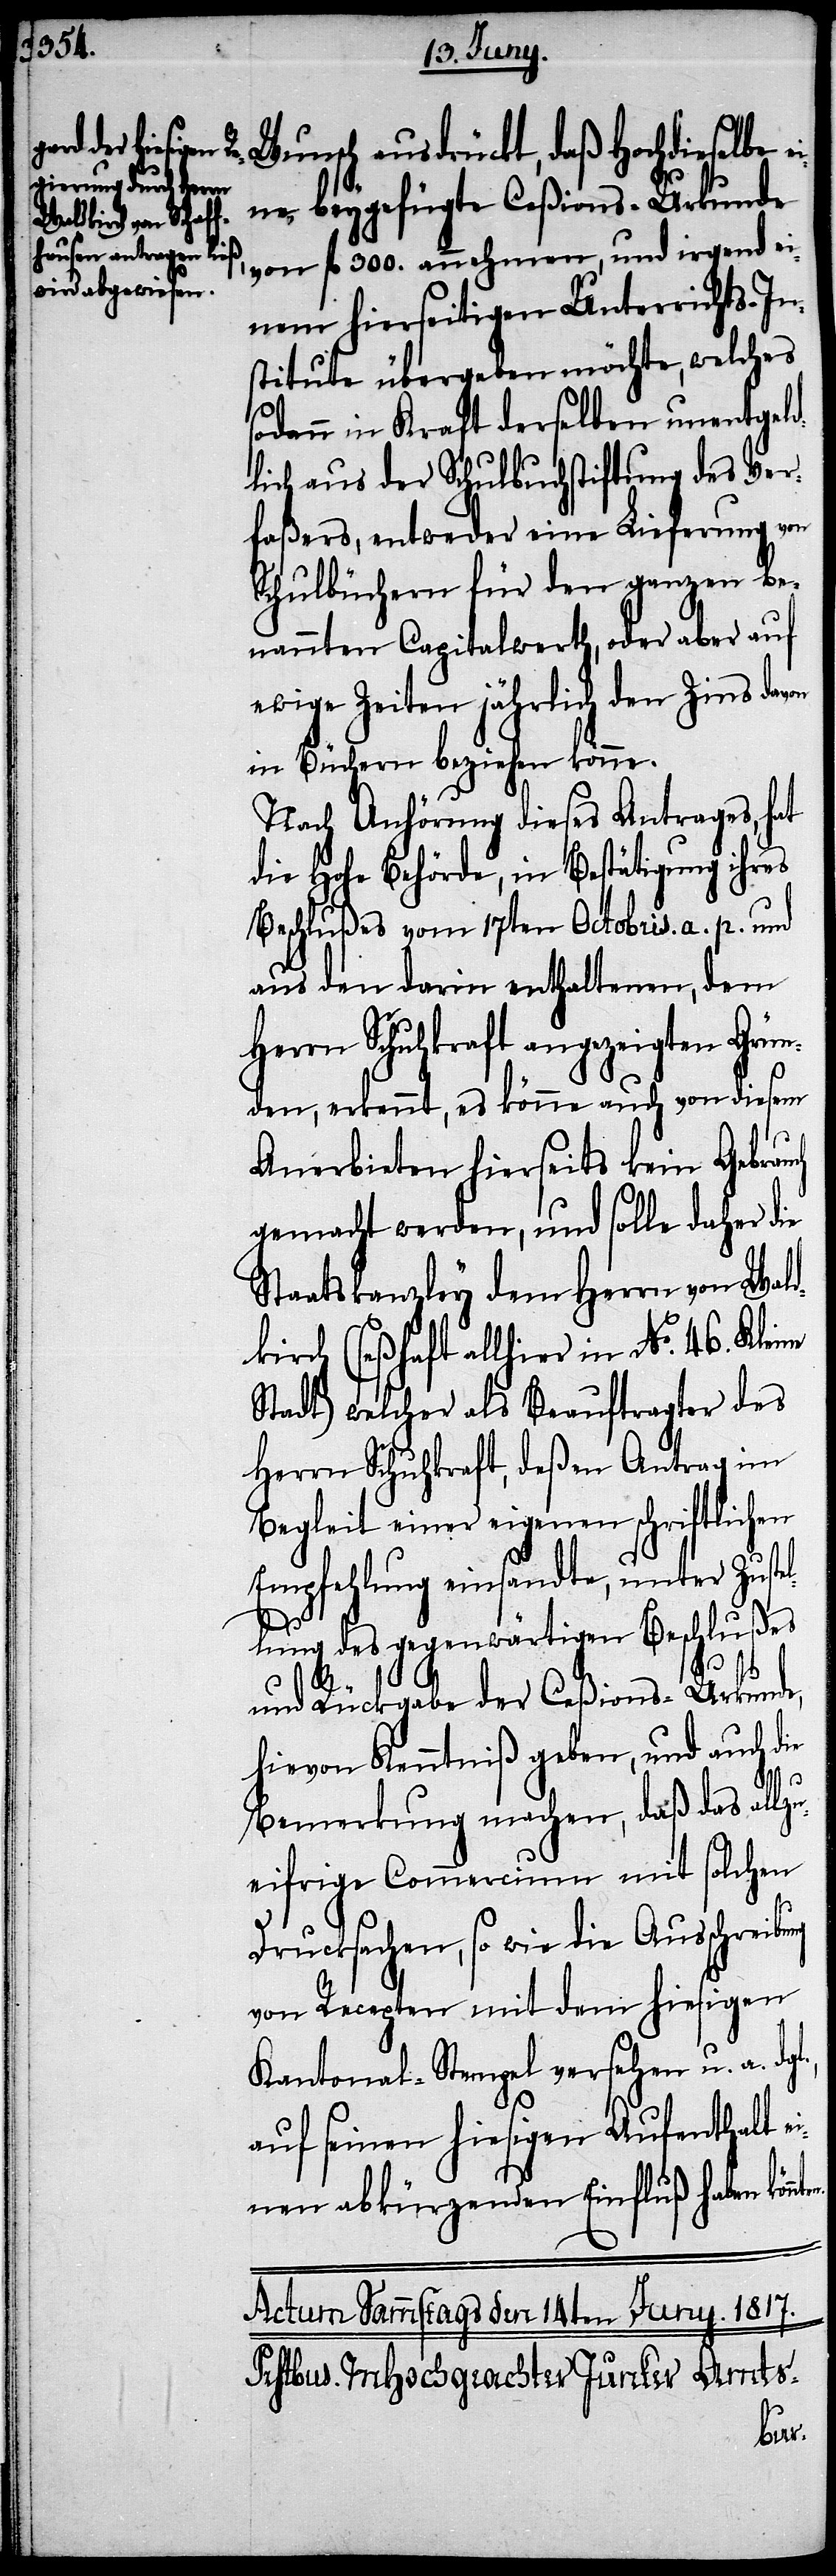
Wunsch ausdrückt, daß Hochdieselben
eine beygefügte Ceßions-Urkunde
von fl. 300. annehmen, und irgend ei¬
nem hierseitigen Unterrichts-In¬
stitute übergeben möchte, welches
sodann in Kraft derselben unentgel¬
dlich aus der Schulbuchstiftung des Ver¬
faßers, entweder eine Lieferung von
Schulbüchern für den ganzen be¬
nannten Capitalwerth, oder aber auf
ewige Zeiten jährlich den Zins davon
in Büchern beziehen könne.
Nach Anhörung dieses Antrages, hat
die Hohe Behörde, in Bestätigung ihres
Beschlußes vom 17ten Octobris. a. p. und
aus den darin enthaltenen, dem
Herrn Schuhkraft angezeigten Grün¬
den, erkennt, es könne auch von diesem
Anerbieten hierseits kein Gebrau¬
gemacht werden, und solle daher die
Staatskanzley dem Herrn von Wald¬
kirch (seßhaft allhier in No. 46. Klei¬
Stadt) welcher als Beauftragter des
Herrn Schuhkraft, deßen Antrag im
Begleit einer eigenen schriftlichen
Empfehlung einsandte, unter Zuste¬
lung des gegenwärtigen Beschlußes
ch
gl.,
l¬
und Rückgabe der Ceßions-Urkunde,
hievon Kenntniß gegeben, und auch die
Bemerkung machen, daß das allzu¬
eifrige Commercium mit solchen
Drucksachen, so wie die Ausschreibung
von Recepten mit dem hiesigen
Kantonal-Stempel versehen u. a. d¬
auf seinen hiesigen Aufenthalt ei¬
nen abkürzenden Einfluß haben könn¬
ten.